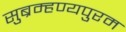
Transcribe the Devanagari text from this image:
सुब्रम्हण्यपुरम